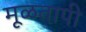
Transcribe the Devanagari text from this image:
मूळतापी